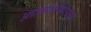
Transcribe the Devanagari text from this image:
आत्मकायोत्सर्ग